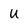
Character: U